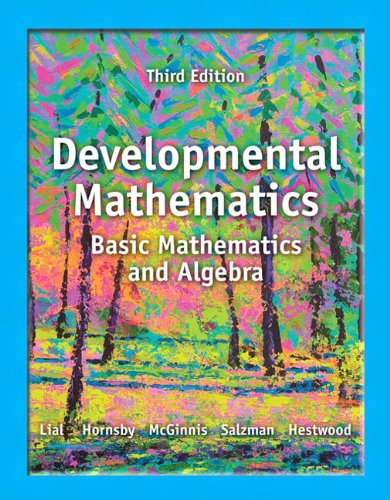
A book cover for Developmental Mathematics: Basic Mathematics and Algebra (3rd Edition); Margaret L. Lial; Science & Math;